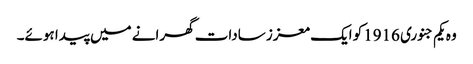
وہ یکم جنوری 1916کو ایک معزز سادات گھرانے میں پیدا ہوئے۔